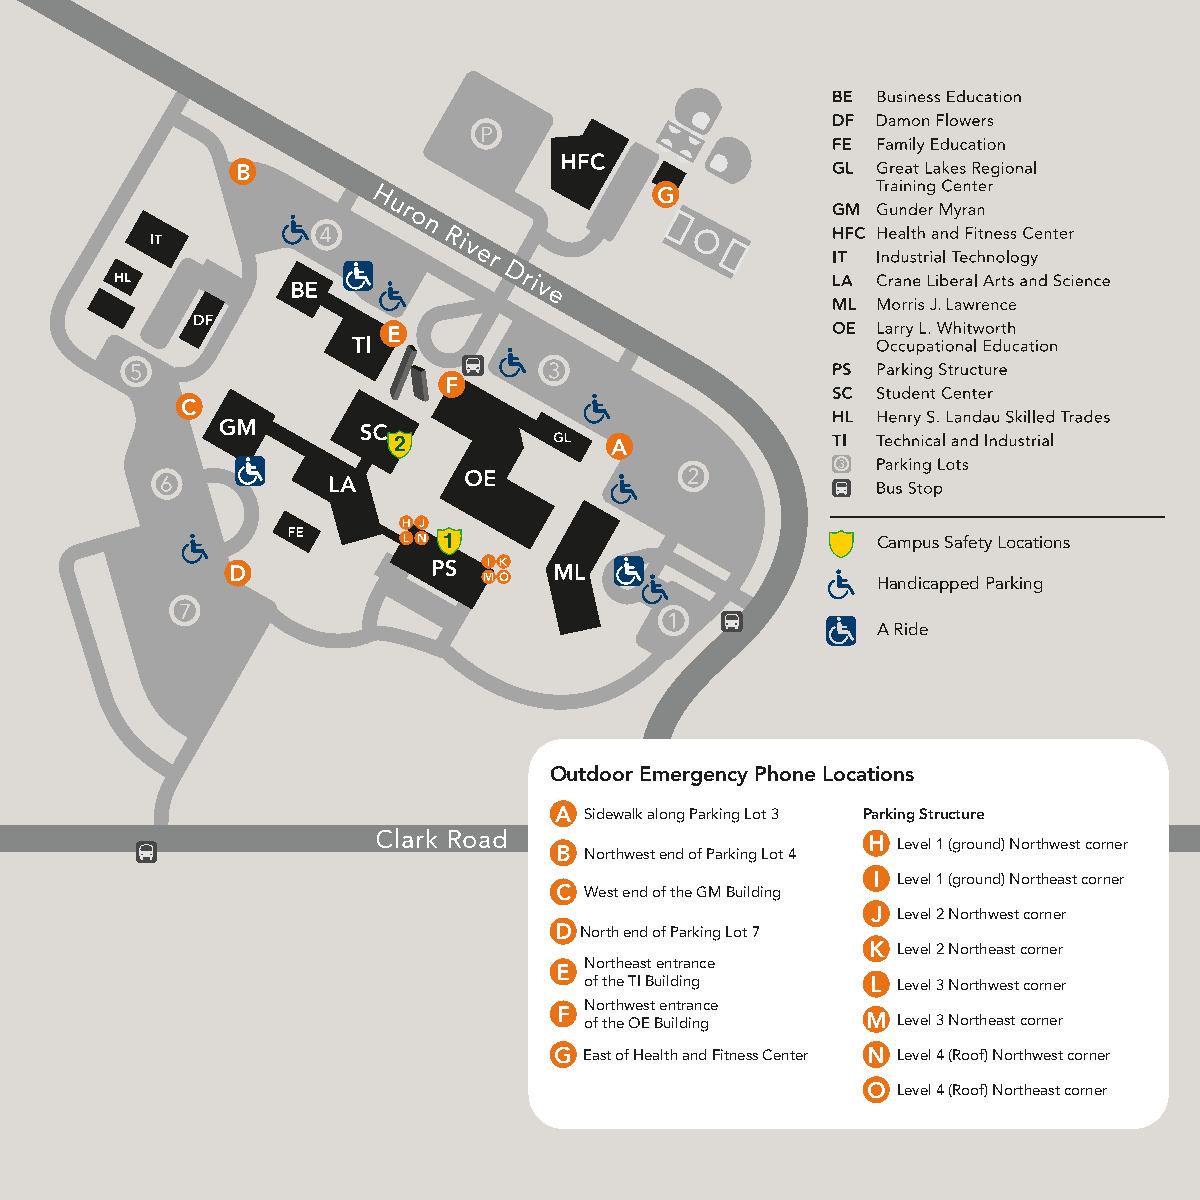
B
 G
 E
 F
 C
 2             A
 H J
 L N 1                          Campus Safety Locations
 I K
 D                MO                        Handicapped Parking
 A Ride
 Outdoor Emergency Phone Locations
 A Sidewalk along Parking Lot 3 Parking Structure
 H Level 1 (ground) Northwest corner
 B Northwest end of Parking Lot 4
 I Level 1 (ground) Northeast corner
 C West end of the GM Building
 J Level 2 Northwest corner
 D North end of Parking Lot 7
 K Level 2 Northeast corner
 Northeast entrance
 E
 of the TI Building L Level 3 Northwest corner
 Northwest entrance
 F of the OE Building M Level 3 Northeast corner
 G East of Health and Fitness Center N Level 4 (Roof) Northwest corner
 O Level 4 (Roof) Northeast corner